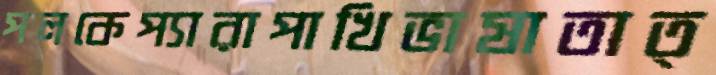
পলকেপ্যারাপাখিভাষাতাত্